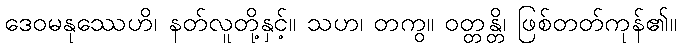
ဒေဝမနုဿေဟိ၊ နတ်လူတို့နှင့်။ သဟ၊ တကွ။ ဝတ္တန္တိ၊ ဖြစ်တတ်ကုန်၏။